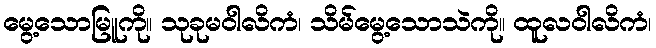
မွေ့သောမြူကို။ သုခုမဝါလိကံ၊ သိမ်မွေ့သောသဲကို။ ထူလဝါလိကံ၊